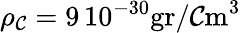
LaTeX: \rho_{\mathcal{C}}=9\, 10^{-30}\mathrm{{gr}}/\mathrm{{\mathcal{C}m}}^{3}